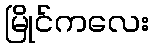
မြိုင်ကလေး